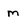
Character: m